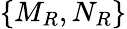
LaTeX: \{ M_{R},N_{R}\}